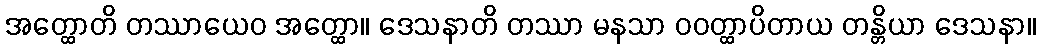
အတ္ထောတိ တဿာယေဝ အတ္ထော။ ဒေသနာတိ တဿာ မနသာ ဝဝတ္ထာပိတာယ တန္တိယာ ဒေသနာ။